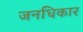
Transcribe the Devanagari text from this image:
जनधिकार